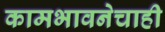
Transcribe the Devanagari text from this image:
कामभावनेचाही